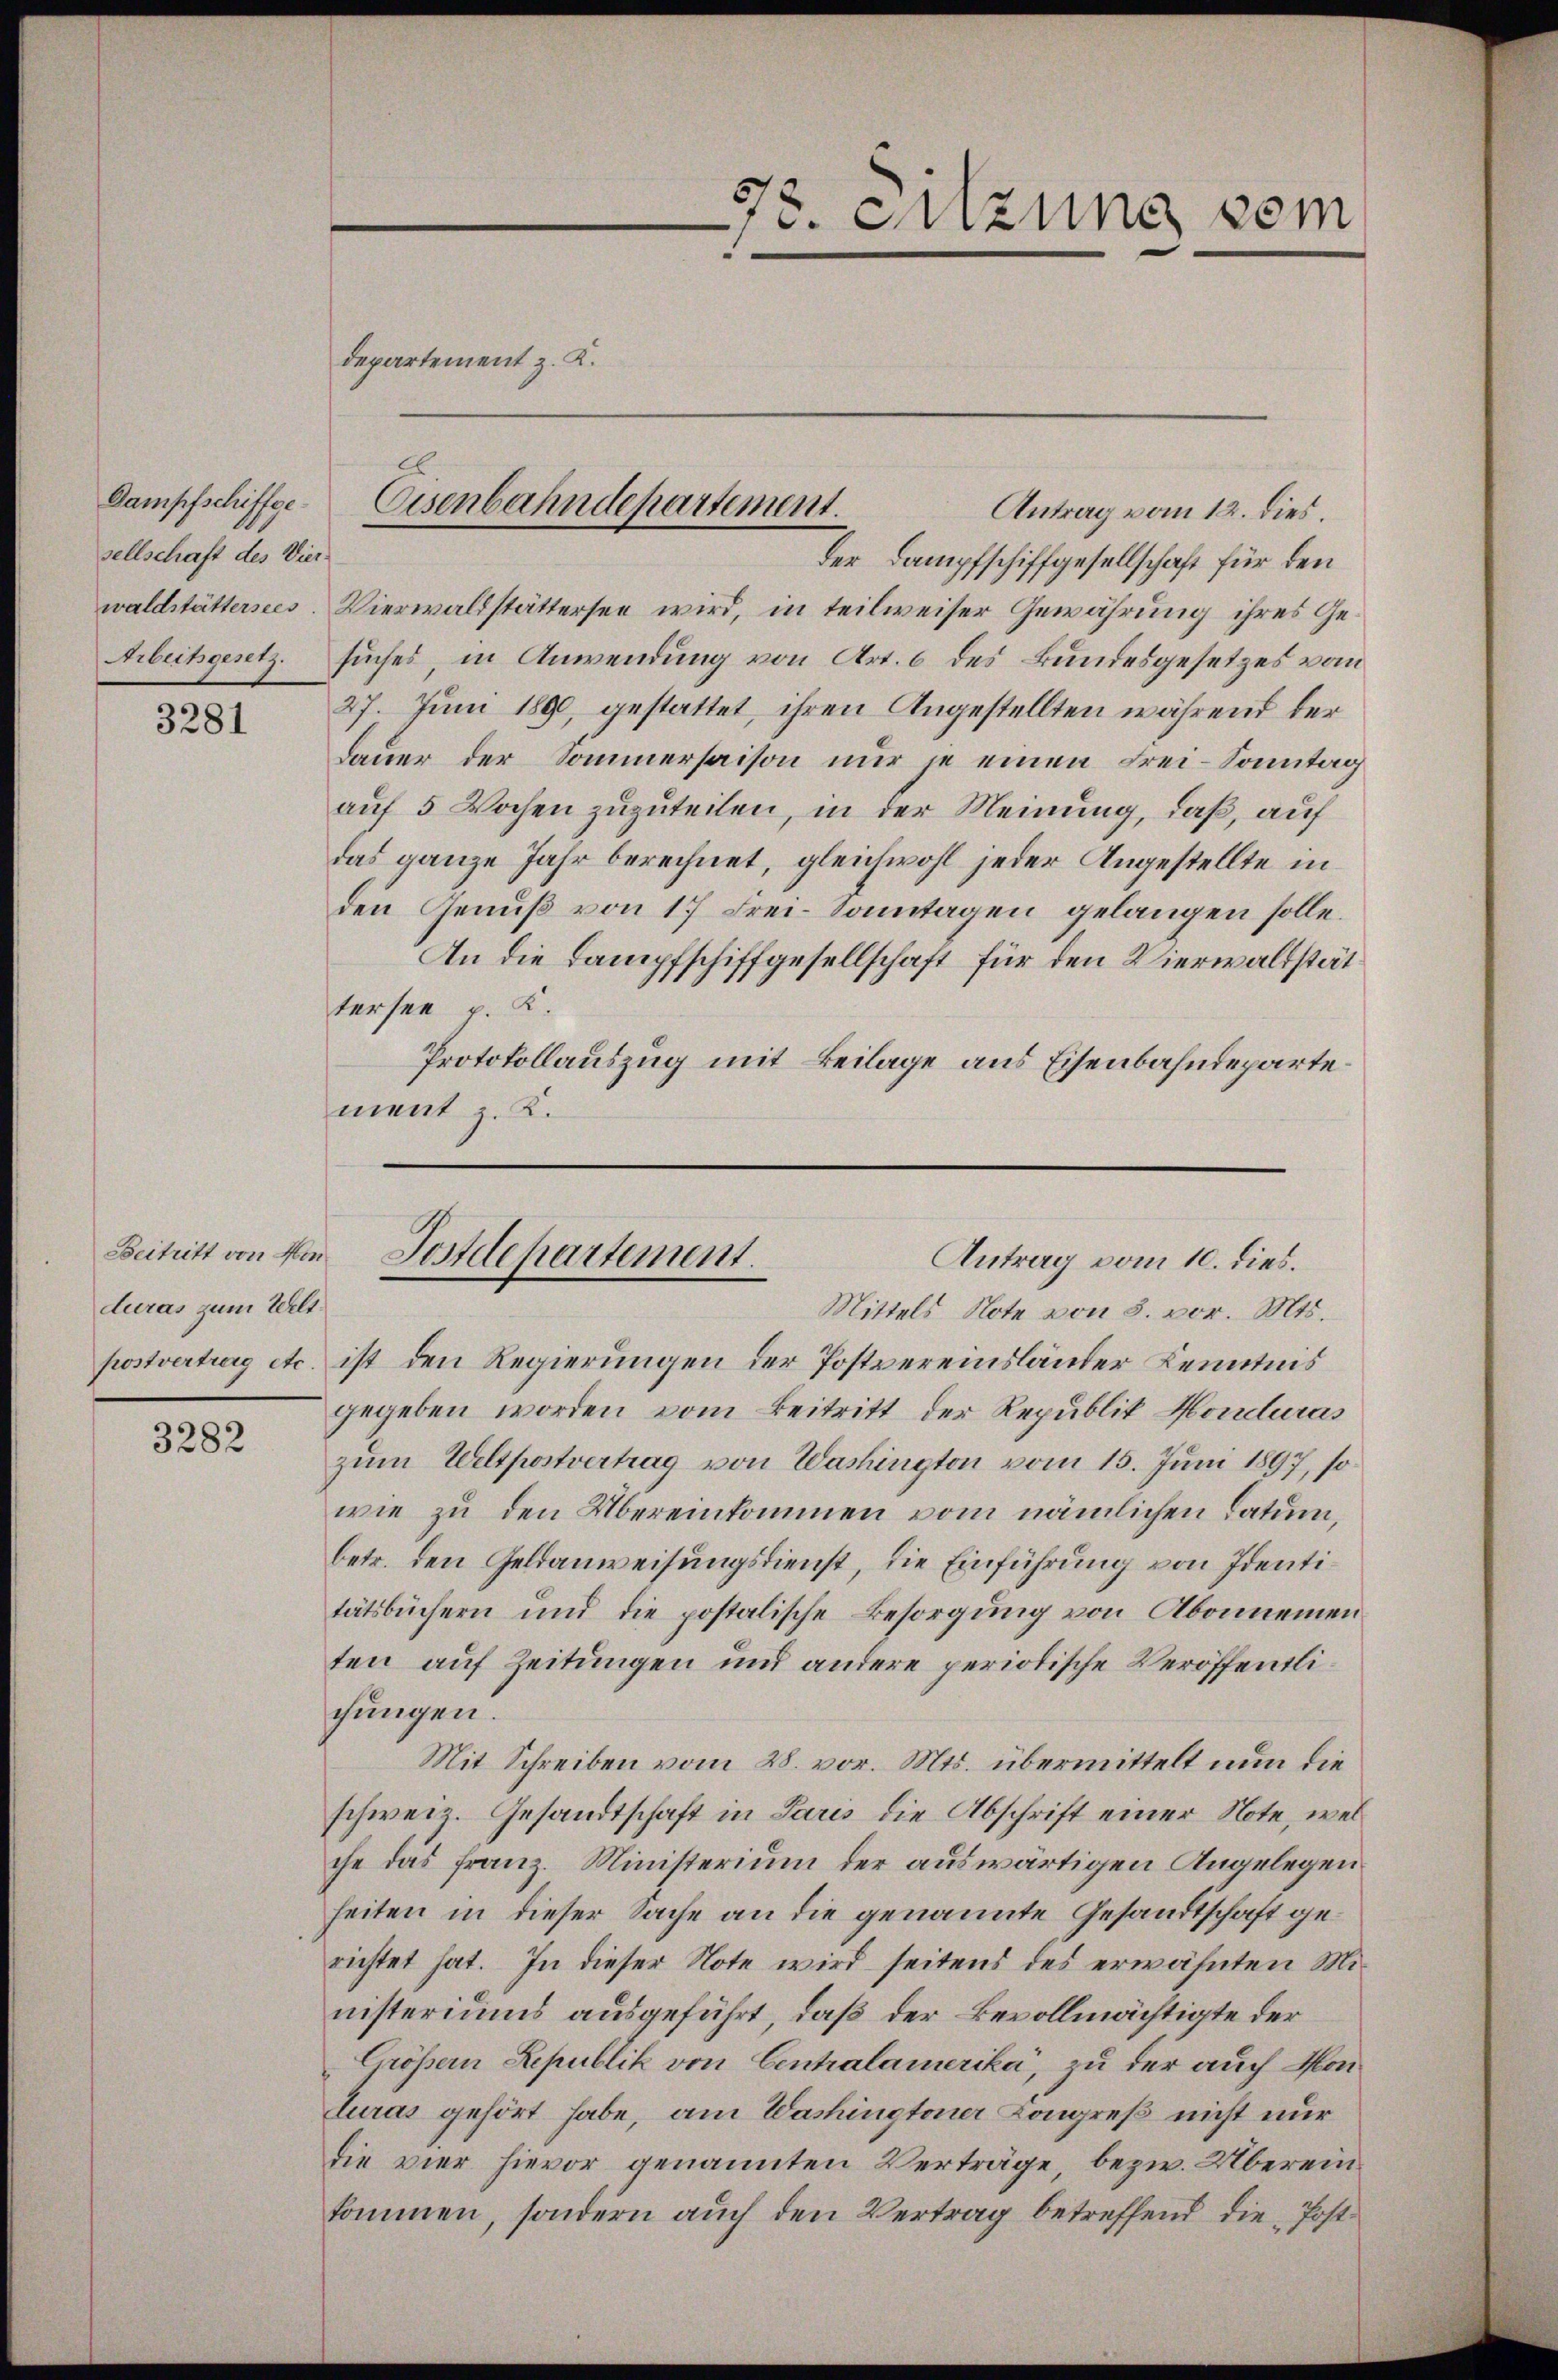
Dampfschiffgesellschaft des Vier-
waldstättersees
Arbeitgesetz.

3281

Beitritt von Hon
duras zum Welt¬

3282

Antrag vom 12. dies.
der Dampfschiffgesellschaft für den
Vierwaldstättersee wird, in teilweiser Gewährung ihres Gesuches in Anwendung von Art. 6 des Bundesgesetzes vom
27. Juni 1890, gestattet, ihren Angestellten während der
Dauer der Sommersaison nur je einen Frei-Sonntag
auf 5 Wochen zuzuteilen, in der Meinung, daß, auf
das ganze Jahr berechnet, gleichwohl jeder Angestellte in
den Genuß von 17 Frei-Sonntagen gelangen solle.
An die Lampfschiffgesellschaft für den Vierwaltstättersee p. K.
Protokollauszug mit Beilage aus Eisenbahndepartement z. K.

Departement z. K.

Eisenbahndepartement.

73. Sitzung vom

Postdepartement.
Antrag vom 10. dies.

Mittels Note von 8. vor. Mts.
postvertrag etc. ist den Regierungen der Postvereinsländer Kenntnis
gegeben worden vom Beitritt der Republik Honduras
zum Weltportvertrag von Washington vom 15. Juni 1897, so
wie zu den Übereinkommen vom nämlichen Datum,
betr. den Geldanweisungsdienst, die Einführung von Identitätsbüchern und die postalische Besorgung von Abonnemen
ten auf Zeitungen und andere periotische Veröffentlichungen.
Mit Schreiben vom 28. vor. Mts. übermittelt nun die
schweiz. Gesandtschaft in Paris die Abschrift einer Note, welche das franz. Ministerium der auswärtigen Angelegen
heiten in dieser Sache an die genannte Gesandtschaft gerichtet hat. In dieser Note wird seitens des erwähnten Ministeriums ausgeführt, daß der Bevollmächtigte der
Größern Republik von Centralamerika, zu der auch Konturas gehört habe, am Washingtener Kongreß nicht nur
die vier hievor genannten Verträge, bezw. Übereinkommen, sondern auch den Vertrag betreffend die Post¬